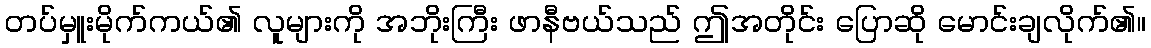
တပ်မှူးမိုက်ကယ်၏ လူများကို အဘိုးကြီး ဖာနီဗယ်သည် ဤအတိုင်း ပြောဆို မောင်းချလိုက်၏။